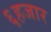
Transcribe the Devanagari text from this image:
६हजार